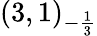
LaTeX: (3,1)_{-{\frac{1}{3}}}